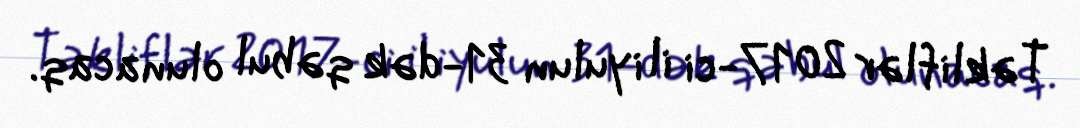
Təkliflər 2017-ci il iyulun 31-dək qəbul olunacaq.